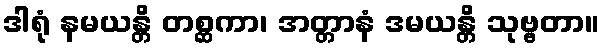
ဒါရုံ နမယန္တိ တစ္ဆကာ၊ အတ္တာနံ ဒမယန္တိ သုဗ္ဗတာ။